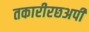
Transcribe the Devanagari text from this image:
तकारीरछअपी